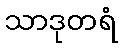
သာဒုတရံ